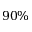
9 0 \%